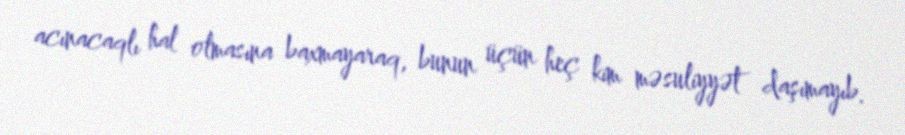
acınacaqlı hal olmasına baxmayaraq, bunun üçün heç kim məsuliyyət daşımayıb.